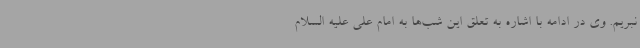
نبریم. وی در ادامه با اشاره به تعلق این شب‌ها به امام علی علیه السلام